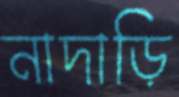
নাদাড়ি